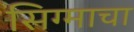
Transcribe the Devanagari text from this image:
सिग्माचा